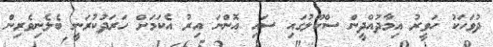
ދުވަހަކު ހަވީރު އިމާދުއްދީން ސްކޫލުގައި ސައި އޮންނަ އިރު އެކަމަށް ހަރަދުކުރަނީ ބެލެނިވެރިން